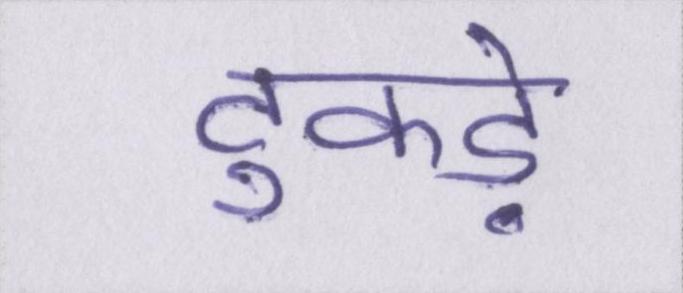
टुकड़े